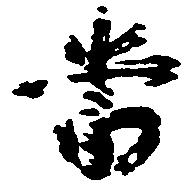
当